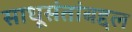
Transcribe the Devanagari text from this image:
साधूसंतांबद्दल